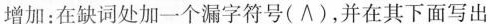
增加:在缺词处加一个漏字符号(∧),并在其下面写出